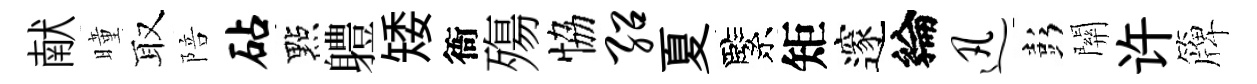
献曈取陪砧點軆矮衙殤恊绍夏緊矩邃綸迅彭關许簰